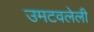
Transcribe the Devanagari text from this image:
उमटवलेली